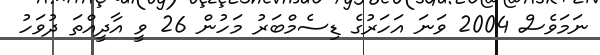
ނަމަވެސް 2004 ވަނަ އަހަރުގެ ޑިސެމްބަރު މަހުން 26 ވީ އާދީއްތަ ދުވަހު